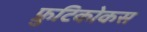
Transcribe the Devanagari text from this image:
फ्रुटिकोकस